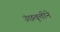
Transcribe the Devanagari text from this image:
उंछवृत्तीने